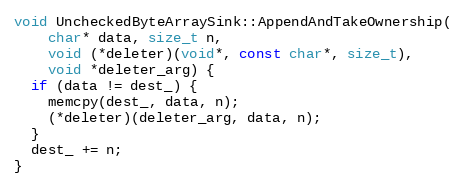
Language: C++
void UncheckedByteArraySink::AppendAndTakeOwnership(
    char* data, size_t n,
    void (*deleter)(void*, const char*, size_t),
    void *deleter_arg) {
  if (data != dest_) {
    memcpy(dest_, data, n);
    (*deleter)(deleter_arg, data, n);
  }
  dest_ += n;
}